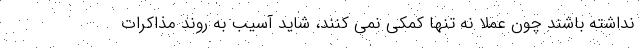
نداشته باشند چون عملا نه تنها کمکی نمی کنند، شاید آسیب به روند مذاکرات